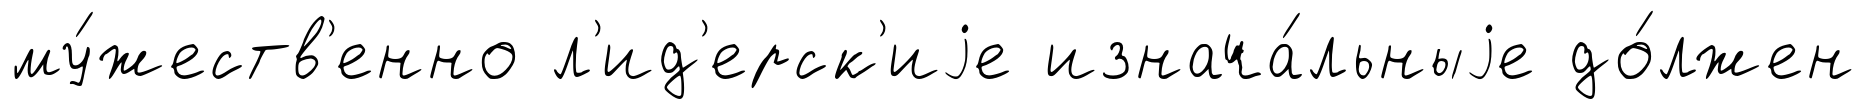
му́жеств'енно л'ид'ерск'иjе изнача́льныjе до́лжен